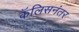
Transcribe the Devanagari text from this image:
कॅलिसनंतर